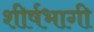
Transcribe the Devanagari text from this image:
शीर्षभागी